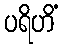
ပရိဟိံ